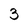
Character: 3